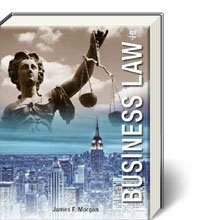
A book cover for Business Law, 4th Edition; James Morgan; Computers & Technology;